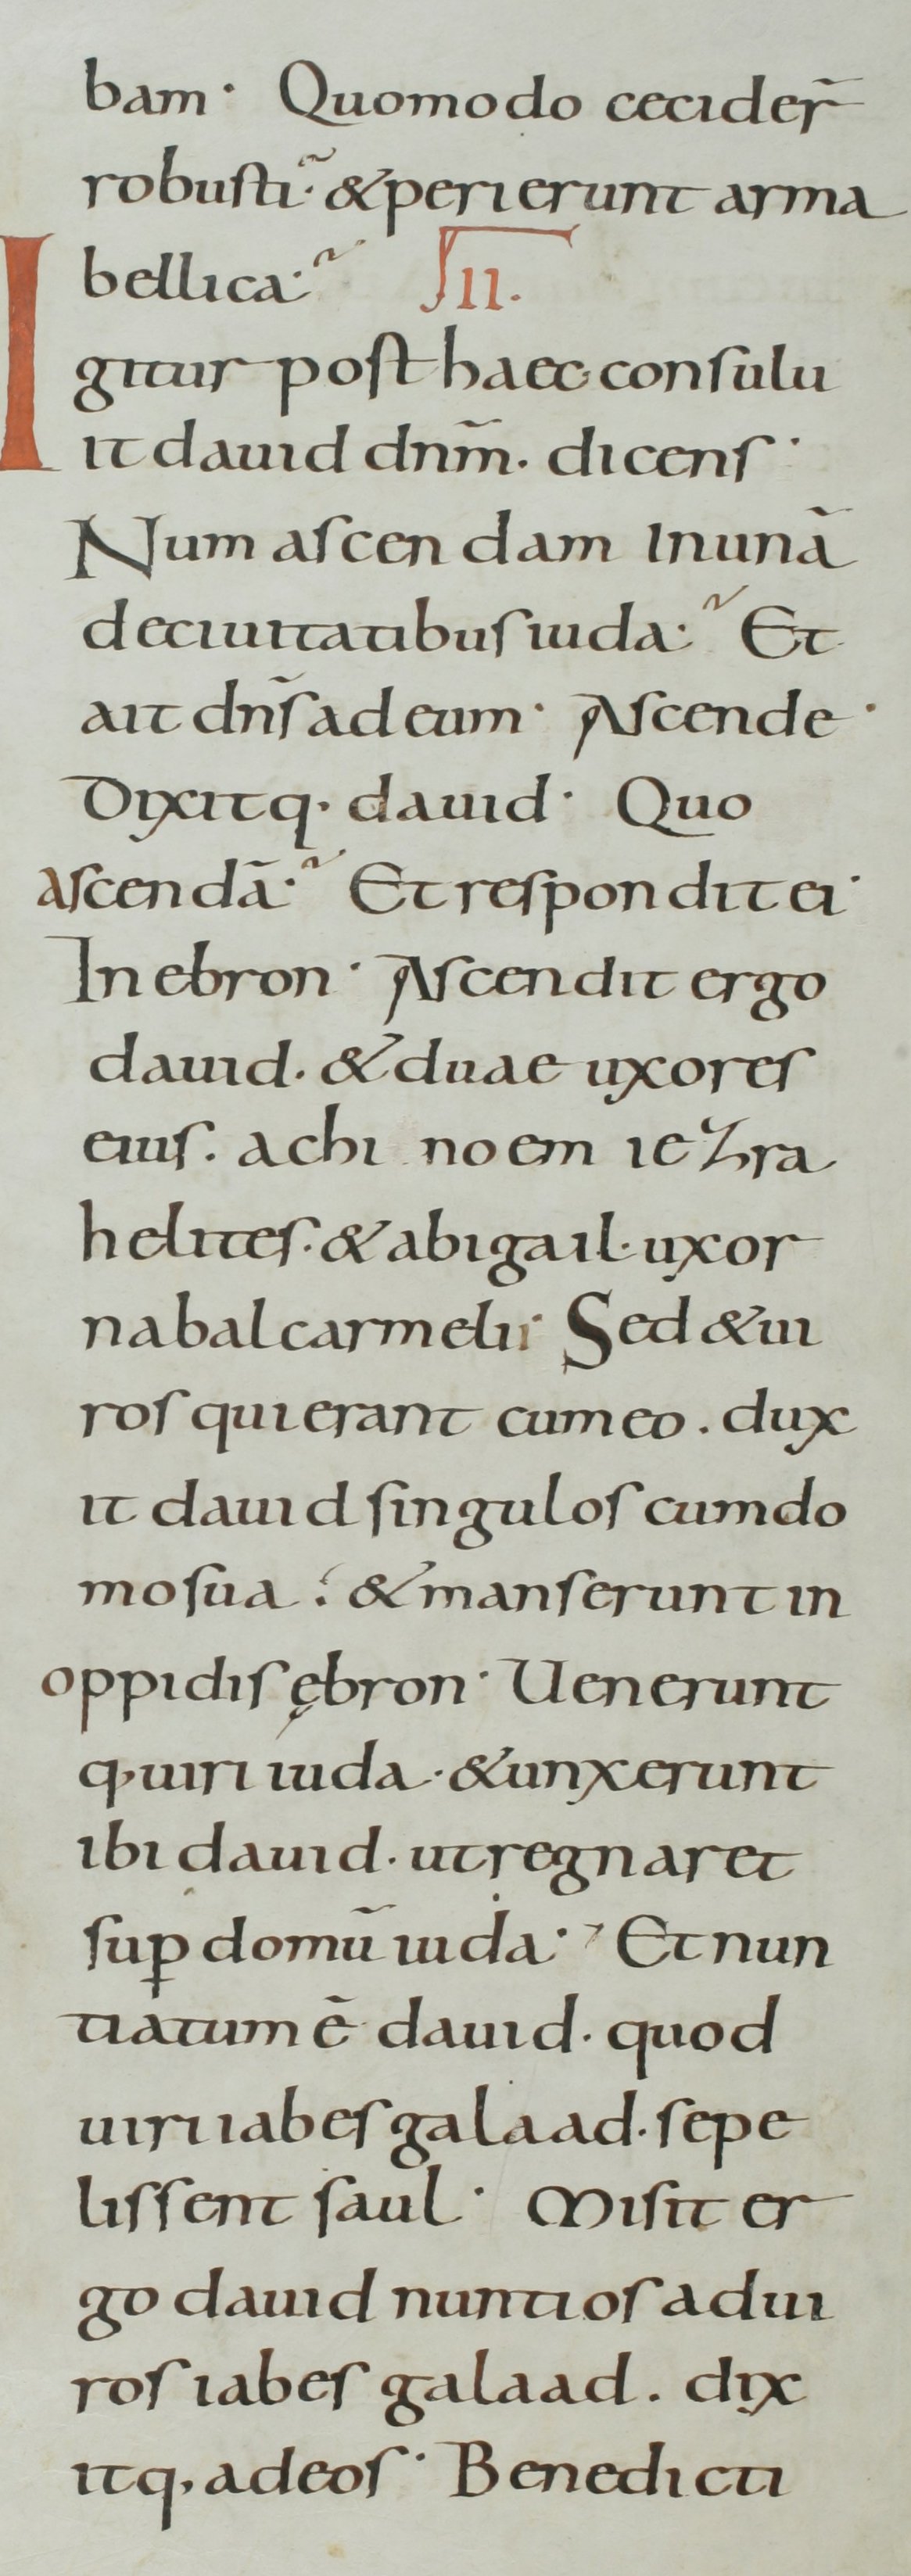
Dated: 800–899